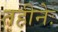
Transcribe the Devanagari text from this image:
तहीनेः